Malaria in India - Number 2
Disease focus: Malaria
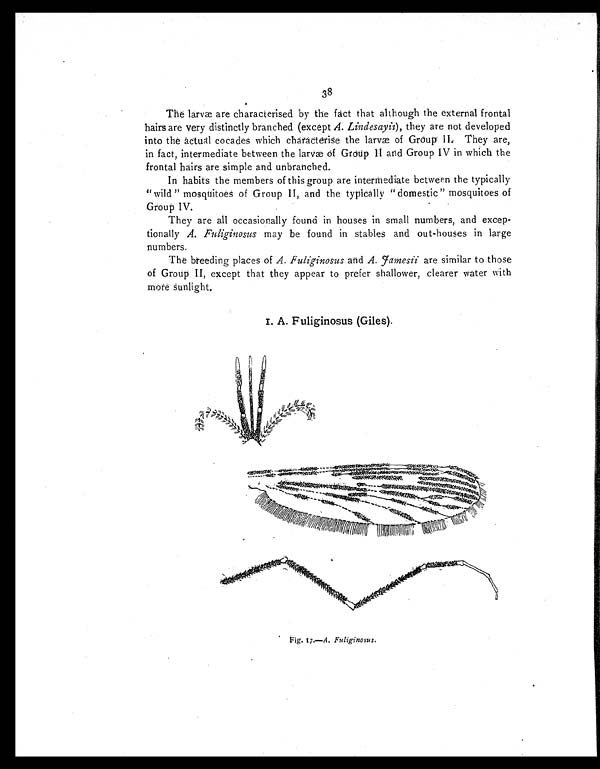
38
The larvae are characterised by the fact that although the external frontal
hairs are very distinctly branched (except A. Lindesayii), they are not developed
into the actual cocades which characterise the larvæ of GroupI I .
T h e y a r e ,
in fact, intermediate between the larvæ of Group II and Group IV in which the
frontal hairs are simple and unbranched.
In habits the members of this group are intermediate between the typically
"wild " mosquitoes of Group II, and the typically "domestic" mosquitoes of
Group IV.
They are all occasionally found in houses in small numbers, and excep-
tionally A. Fuliginosus may be found in stables and out-houses in large
numbers.
The breeding places of A. Fuliginosus and A. Jamesii are similar to those
of Group II, except that they appear to prefer shallower, clearer water with
m o r e s u n l i g h t .
I. A. Fuliginosus (Giles).